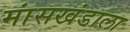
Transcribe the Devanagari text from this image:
मांसखंडाला